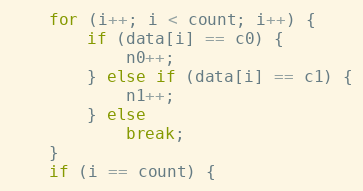
Language: C++
	for (i++; i < count; i++) {
		if (data[i] == c0) {
			n0++;
		} else if (data[i] == c1) {
			n1++;
		} else
			break;
	}
	if (i == count) {